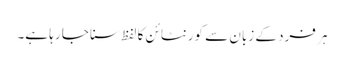
ہر فرد کے زبان سے کورنٹائن کا لفظ سنا جا رہا ہے۔